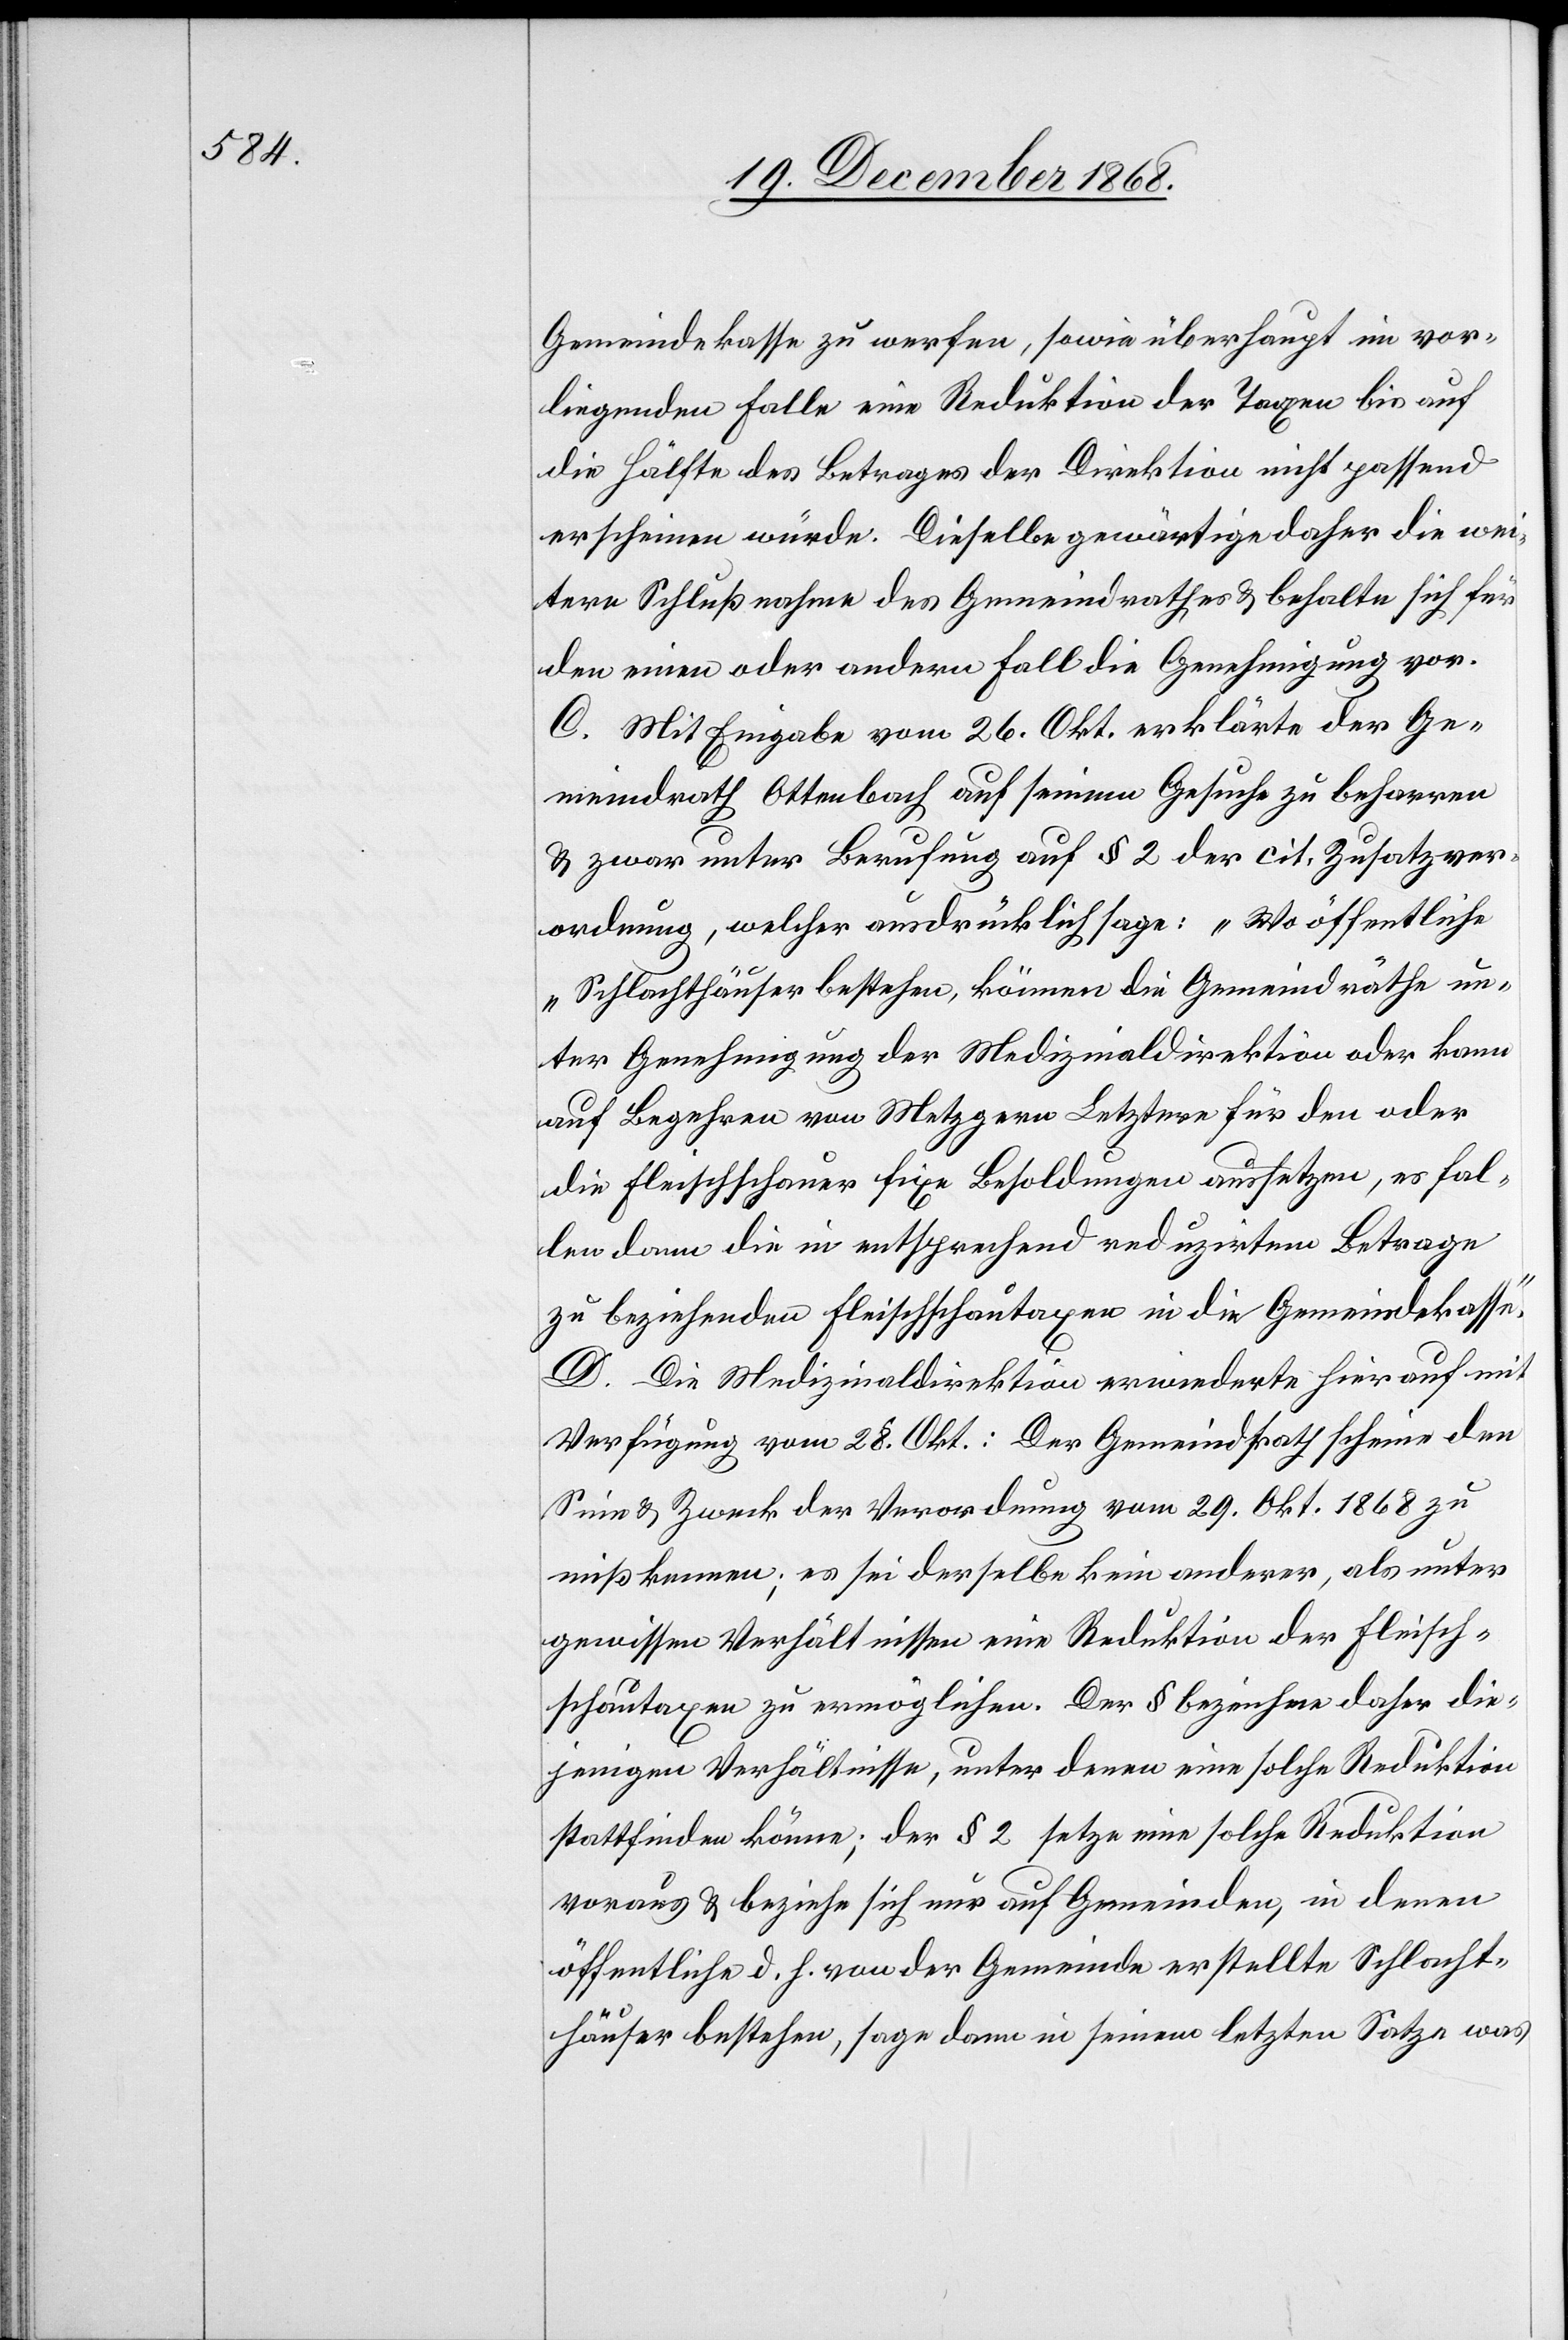
Gemeindekasse zu werfen, sowie überhaupt im vor¬
liegenden Falle eine Reduktion der Taxen bis auf
die Hälfte des Betrages der Direktion nicht passend
erscheinen würde. Dieselbe gewärtige daher die wei¬
tere Schlußnahme des Gemeindrathes & behalte sich für
den einen oder andern Fall die Genehmigung vor.
C. Mit Eingabe vom 26. Okt. erklärte der Ge¬
meindrath Ottenbach auf seinem Gesuche zu beharren
& zwar unter Berufung auf § 2 der cit. Zusatzver¬
ordnung, welcher ausdrücklich sage: „Wo öffentliche
Schlachthäuser bestehen, können die Gemeindräthe un¬
ter Genehmigung der Medizinaldirektion oder kann
auf Begehren von Metzgern Letztere für den oder
die Fleischschauer fixe Besoldungen aussetzen, es fal¬
len dann die in entsprechend reduzirtem Betrage
zu beziehenden Fleischschautaxen in die Gemeindekasse.“
D. Die Medizinaldirektion erwiederte hierauf mit
Verfügung vom 28. Okt.: Der Gemeindrath scheine den
Sinn & Zweck der Verordnung vom 29. Okt. 1868 zu
mißkennen; es sei derselbe kein anderer, als unter
gewissen Verhältnissen eine Reduktion der Fleisch¬
schautaxen zu ermöglichen. Der § bezeichne daher die¬
jenigen Verhältnisse, unter denen eine solche Reduktion
stattfinden könne; der § 2 setze eine solche Reduktion
voraus & beziehe sich nur auf Gemeinden, in denen
öffentliche d. h. von der Gemeinde erstellte Schlacht¬
häuser bestehen, sage dann in seinem letzten Satze was